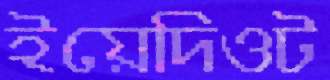
ইয়েদিওট